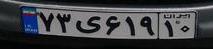
۷۳ی۶۱۹۱۰